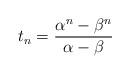
LaTeX: \begin{align*} t_n=\frac{\alpha^n-\beta^n}{\alpha-\beta}\end{align*}